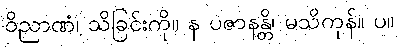
ဝိညာဏံ၊ သိခြင်းကို။ န ပဇာနန္တိ၊ မသိကုန်။ ပ။